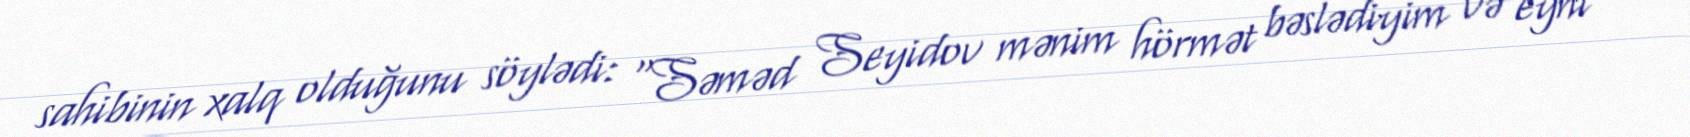
sahibinin xalq olduğunu söylədi: “Səməd Seyidov mənim hörmət bəslədiyim və eyni